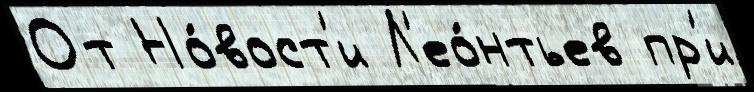
От Но́вост'и Л'ео́нтьев пр'и